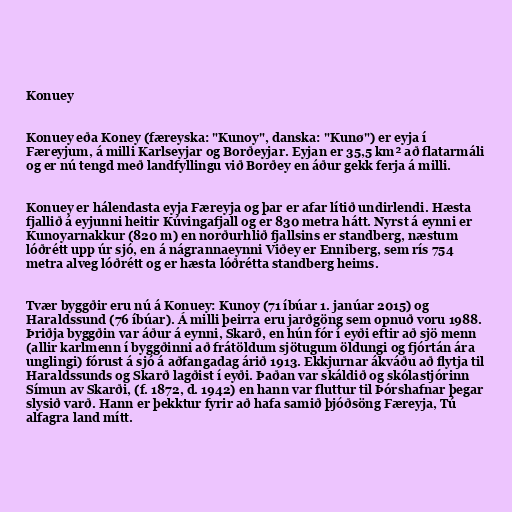
Konuey

Konuey eða Koney (færeyska: "Kunoy", danska: "Kunø") er eyja í
Færeyjum, á milli Karlseyjar og Borðeyjar. Eyjan er 35,5 km² að flatarmáli
og er nú tengd með landfyllingu við Borðey en áður gekk ferja á milli.

Konuey er hálendasta eyja Færeyja og þar er afar lítið undirlendi. Hæsta
fjallið á eyjunni heitir Kúvingafjall og er 830 metra hátt. Nyrst á eynni er
Kunoyarnakkur (820 m) en norðurhlið fjallsins er standberg, næstum
lóðrétt upp úr sjó, en á nágrannaeynni Viðey er Enniberg, sem rís 754
metra alveg lóðrétt og er hæsta lóðrétta standberg heims.

Tvær byggðir eru nú á Konuey: Kunoy (71 íbúar 1. janúar 2015) og
Haraldssund (76 íbúar). Á milli þeirra eru jarðgöng sem opnuð voru 1988.
Þriðja byggðin var áður á eynni, Skarð, en hún fór í eyði eftir að sjö menn
(allir karlmenn í byggðinni að frátöldum sjötugum öldungi og fjórtán ára
unglingi) fórust á sjó á aðfangadag árið 1913. Ekkjurnar ákváðu að flytja til
Haraldssunds og Skarð lagðist í eyði. Þaðan var skáldið og skólastjórinn
Símun av Skarði, (f. 1872, d. 1942) en hann var fluttur til Þórshafnar þegar
slysið varð. Hann er þekktur fyrir að hafa samið þjóðsöng Færeyja, Tú
alfagra land mítt.